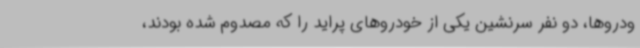
ودروها، دو نفر سرنشین یکی از خودروهای پراید را که مصدوم شده بودند،